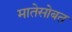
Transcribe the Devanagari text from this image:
मातेसोबत